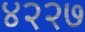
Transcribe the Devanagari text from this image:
४२२७